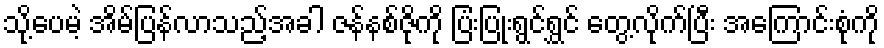
သို့ပေမဲ့ အိမ်ပြန်လာသည့်အခါ ဇန်နစ်ဇိုကို ပြံးပြုံးရွင်ရွှင် တွေ့လိုက်ပြီး အကြောင်းစုံကို